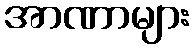
အာဏာများ